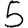
Digit: 5